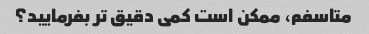
متاسفم، ممکن است کمی دقیق تر بفرمایید؟